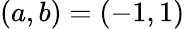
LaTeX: (a,b)=(-1,1)